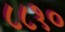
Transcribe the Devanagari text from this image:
८८१०